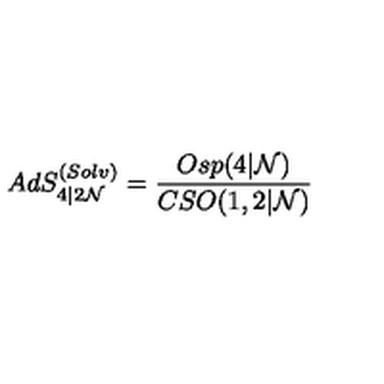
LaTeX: A d S _ { 4 \vert 2 { \cal N } } ^ { ( S o l v ) } = \frac { O s p ( 4 \vert { \cal N } ) } { C S O ( 1 , 2 \vert { \cal N } ) }